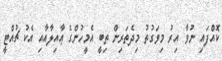
ކޮއްފައި ނުވާ އިރު މިވަގުތު މިދެތަރިން ތިބީ އެމީހުންގެ ޢާއިލާއާއި އެކު ޗުއްޓީ